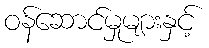
ဝန်ဆောင်မှုများနှင့်